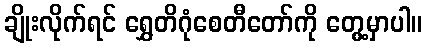
ချိုးလိုက်ရင် ရွှေတိဂုံစေတီတော်ကို တွေ့မှာပါ။